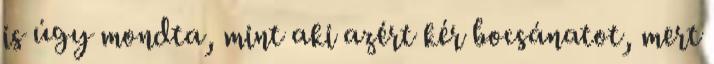
is úgy mondta, mint aki azért kér bocsánatot, mert